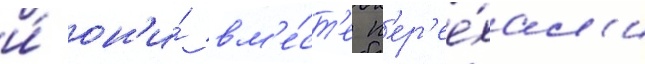
и́ он'и́ вм'е́ст'е п'ер'ее́хал'и